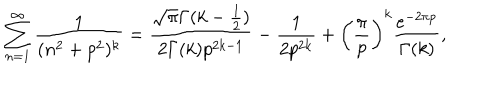
\sum _ { n = 1 } ^ { \infty } \frac { 1 } { ( n ^ { 2 } + p ^ { 2 } ) ^ { k } } = \frac { \sqrt { \pi } \Gamma ( k - \frac { 1 } { 2 } ) } { 2 \Gamma ( k ) p ^ { 2 k - 1 } } - \frac { 1 } { 2 p ^ { 2 k } } + \left( \frac { \pi } { p } \right) ^ { k } \frac { e ^ { - 2 \pi p } } { \Gamma ( k ) } ,